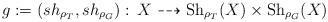
LaTeX: \begin{align*}g:=(sh_{\rho_T},sh_{\rho_G}):\, X \dashrightarrow \mathrm{Sh}_{\rho_T}(X) \times \mathrm{Sh}_{\rho_G}(X)\end{align*}